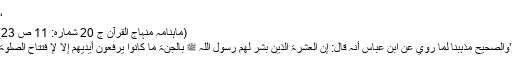
‘‘
(ماہنامہ منہاج القرآن ج 20 شمارہ: 11 ص 23)
’’والصحیح مذہبنا لما روي عن ابن عباس أنہ قال: إن العشرۃ الذین بشر لھم رسول اللہ ﷺ بالجنۃ ما کانوا یرفعون أیدیھم إلا لإ فتتاح الصلٰوۃ۔